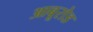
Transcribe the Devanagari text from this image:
आबूरोड